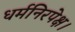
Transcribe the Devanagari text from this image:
धर्मनिरपेक्ष।